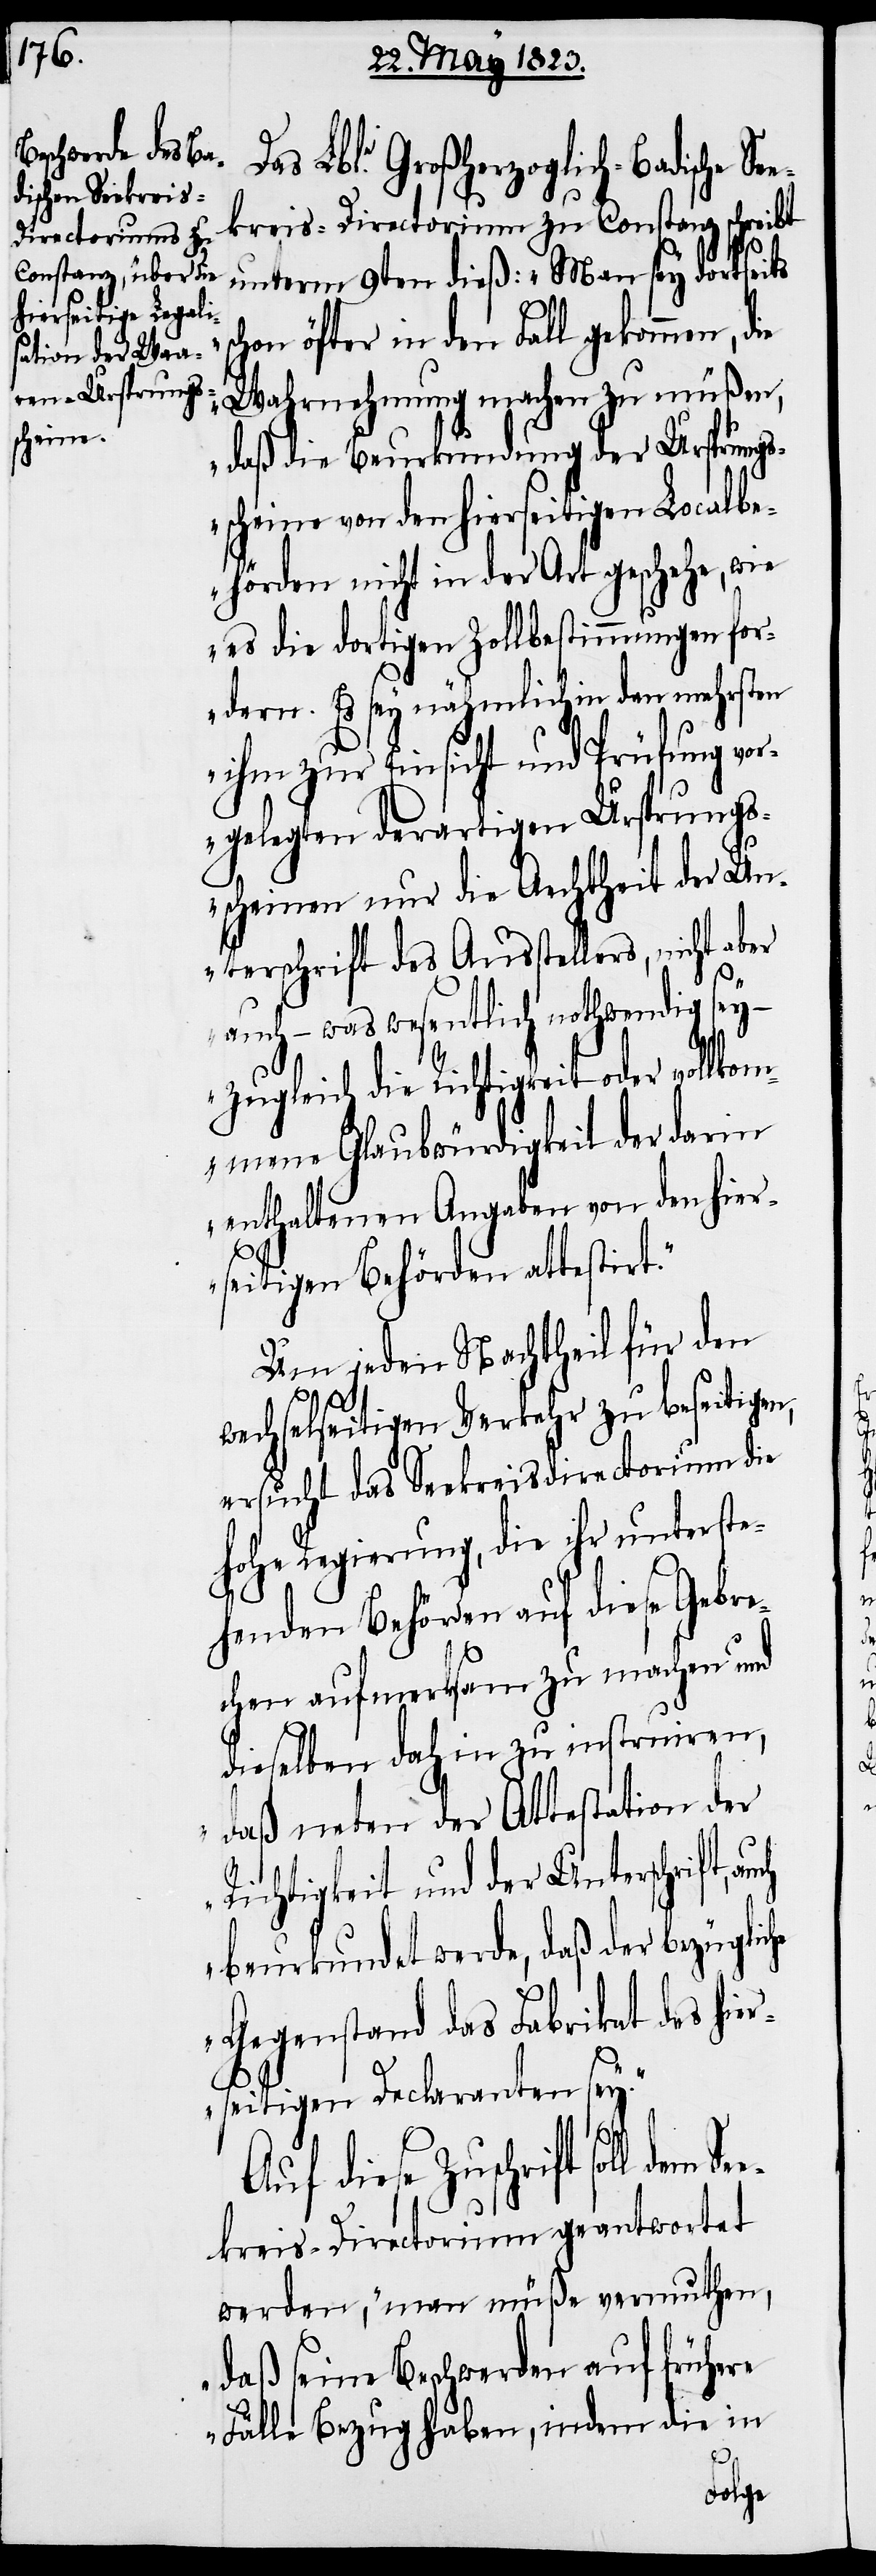
as Lble. Großherzoglich-Badische Se¬
ekreis-Directorium zu Constanz schreibt
unterm 9ten dieß: „Man sey dortseits
hon öfter in den Fall gekommen, die
Wahrnehmung machen zu müßen,
daß die Beurkundung der Ursprungs¬
scheine von den hierseitigen Localbe¬
he
hörden nicht in der Art geschehe, wie
es die dortigen Zollbestimmungen for¬
dern. Es sey nähmlich in den mehrsten
ihm zur Einsicht und Prüfung vor¬
gelegten derartigen Ursprungs¬
scheinen nur die Aechtheit der Un¬
terschrift des Ausstellers, nicht aber
auch – was wesentlich nothwendig sey
zugleich die Richtigkeit oder vollkom¬
mene Glaubwürdigkeit der darin
enthaltenen Angaben von den hier¬
See¬
seitigen Behörden attestirt.“
Um jeden Nachtheil für den
wechselseitigen Verkehr zu beseitigen,
ersucht das Seekreisdirectorium die
hohe Regierung, die ihr unterste¬
henden Behörden auf diese Gebre¬
chen aufmerksam zu machen und
dieselben dahin zu instruiren,
„daß neben der Attestation der
Richtigkeit und der Unterschrift,
beurkundet werde, daß der bezüglic¬
Gegenstand das Fabrikat des hier¬
seitigen Declaranten sey.“
Auf diese Zuschrift soll dem
kreis-Directorium geantwortet
werden, „man müße vermuthen,
daß seine Beschwerden auf frühere
Fälle Bezug haben, indem die in